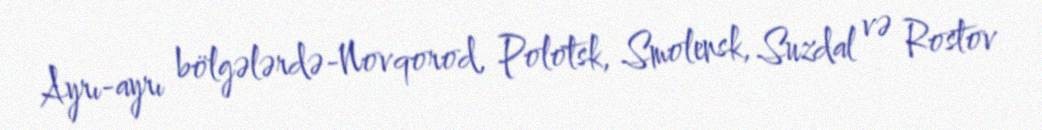
Ayrı-ayrı bölgələrdə-Novqorod, Polotsk, Smolensk, Suzdal və Rostov